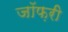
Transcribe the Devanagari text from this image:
जॉफ़री